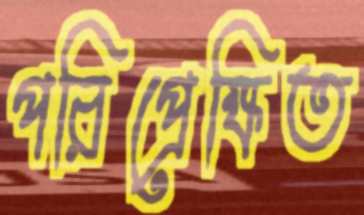
পরিপ্রেক্ষিত